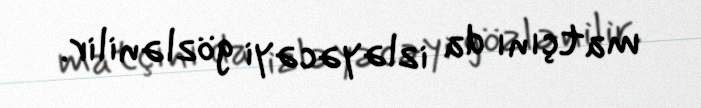
matçını da izləyəcəyi gözlənilir.